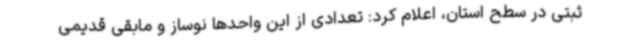
ثبتی در سطح استان، اعلام کرد: تعدادی از این واحدها نوساز و مابقی قدیمی